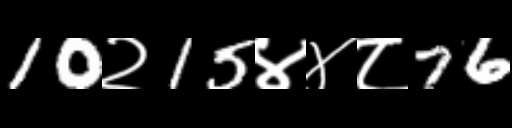
Text: 10२15४४८76